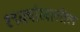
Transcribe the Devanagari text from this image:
१९वर्षाखालील